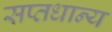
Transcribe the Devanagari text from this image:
सप्तधान्य